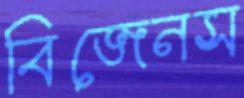
বিজেনস